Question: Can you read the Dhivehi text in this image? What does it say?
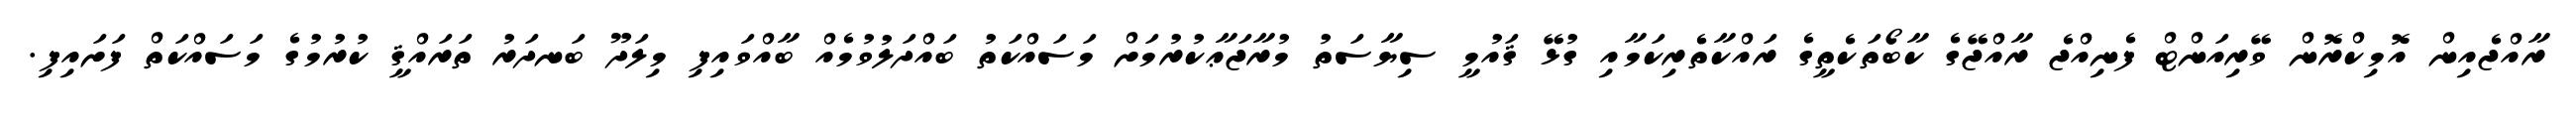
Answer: ރާއްޖެއިން އޮމިކްރޮން ވޭރިއަންޓް ފެނިއްޖެ ރާއްޖޭގެ ކާބޯތަކެތީގެ ރައްކާތެރިކަމާއި ގުޅޭ ޤައުމީ ސިޔާސަތު މުރާޖަޢާކުރުމަށް މަސައްކަތު ބައްދަލުވުމެއް ބާއްވައިފި މިލަދޫ ބަނދަރު ތަރައްޤީ ކުރުމުގެ މަސައްކަތް ފަށައިފި.